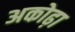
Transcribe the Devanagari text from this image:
अकोढ़ा